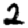
Digit: 2